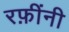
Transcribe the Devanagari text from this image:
रफ़ींनी